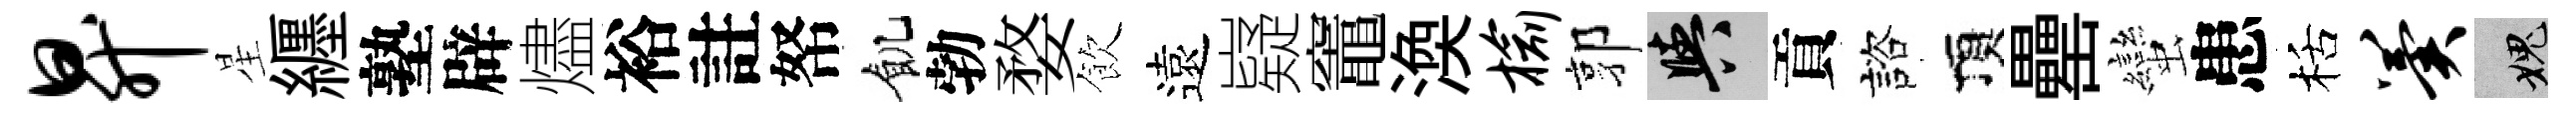
升星纒塾辟燼裕註帑飢勃婺飲遠嶷竈渙榆郭阳貢諮頂罍蠻患栝翼愧